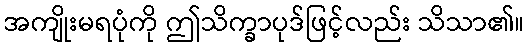
အကျိုးမရပုံကို ဤသိက္ခာပုဒ်ဖြင့်လည်း သိသာ၏။